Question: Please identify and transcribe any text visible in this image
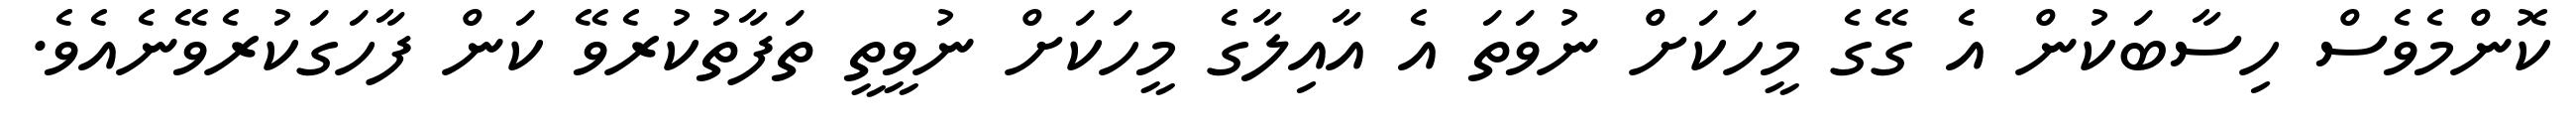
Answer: ކޮންމެވެސް ހިސާބަކުން އެ ގޭގެ މީހަކަށް ނުވަތަ އެ އާއިލާގެ މީހަކަށް ނުވީތީ ތަފާތުކުރެވޭ ކަން ފާހަގަކުރެވޭނެއެވެ.